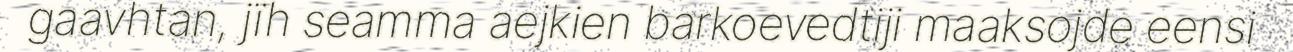
gaavhtan, jïh seamma aejkien barkoevedtiji maaksojde eensi